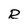
Character: R